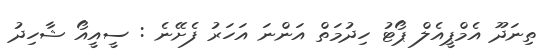
ތިނަދޫ އެމްޕީއެލް ޕޯޓު ހިދުމަތް އަންނަ އަހަރު ފެށޭނެ : ސީއީއޯ ޝާހިދު